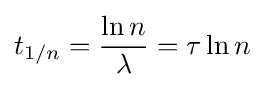
t_{1/n}={\frac {\ln n}{\lambda }}=\tau \ln n